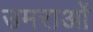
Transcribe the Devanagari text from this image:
उमराओं